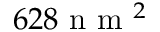
6 2 8 \mathrm { ~ n ~ m ~ } ^ { 2 }